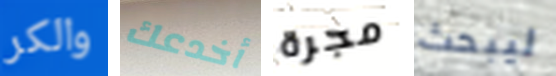
والكر أخدعك مجرة ليبحث